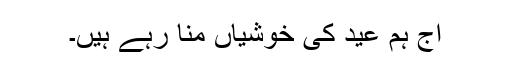
آج ہم عید کی خوشیاں منا رہے ہیں۔